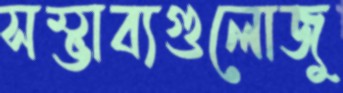
সম্ভাব্যগুলোজু